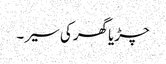
چڑیا گھر کی سیر ۔